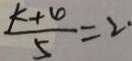
\frac { k + 4 } { 5 } = 2 .